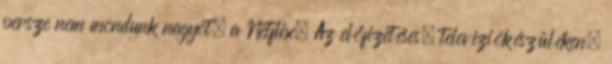
persze nem mondunk nagyot, a Netflix. Az előfizetéses, televíziókészüléken,